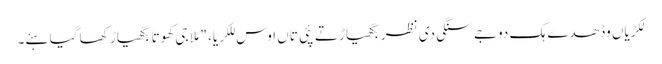
لکڑیاں وڈھدے ہک دوجے سنگی دی نظر بگھیاڑ تے پئی تاں اوس للکریا، "مُلا جی کھوتا بگھیاڑ کھا گیا ہئے۔